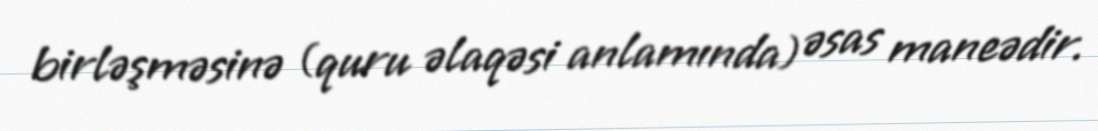
birləşməsinə (quru əlaqəsi anlamında) əsas maneədir.